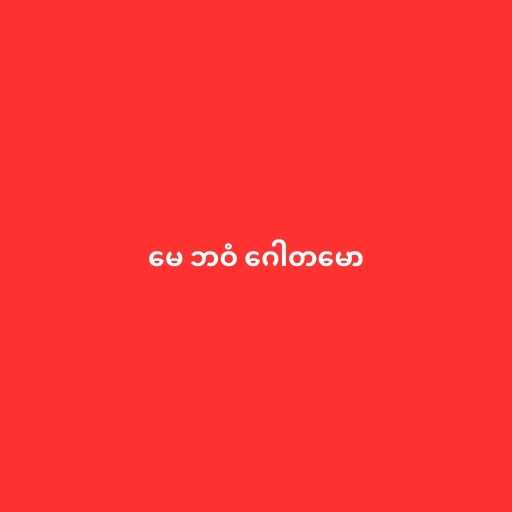
မေ ဘဝံ ဂေါတမော